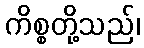
ကိစ္စတို့သည်၊